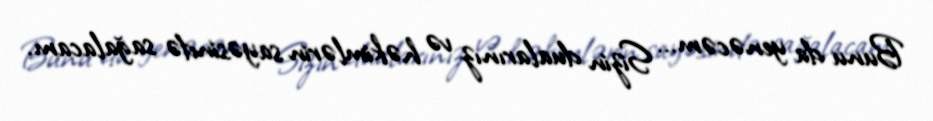
Bunu da yenəcəm... Sizin dualarınız və həkimlərin sayəsində sağalacam.